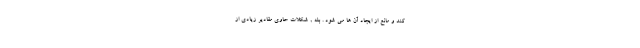
کند و مانع از ایجاد آن ها می شود . بله , شکلات حاوی مقادیر زیادی از